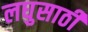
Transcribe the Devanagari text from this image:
लघुसाठी